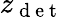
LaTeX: z_{\mathrm{~d~e~t~}}